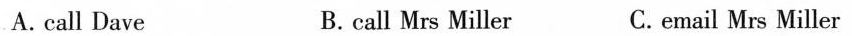
A. call Dave B.call Mrs Miller C.email Mrs Miller